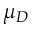
\mu _ { D }